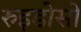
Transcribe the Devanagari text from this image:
रुइडोसो